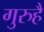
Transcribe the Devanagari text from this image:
गुरुहै